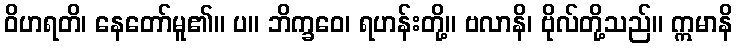
ဝိဟရတိ၊ နေတော်မူ၏။ ပ။ ဘိက္ခဝေ၊ ရဟန်းတို့။ ဗလာနိ၊ ဗိုလ်တို့သည်။ ဣမာနိ